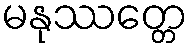
မနုဿတ္တေ